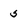
Character: 5